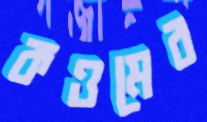
কওমের